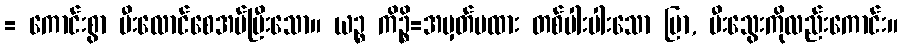
= ကောင်းစွာ မီးလောင်စေအပ်ပြီးသော။ ယဉ္စ ကိဉ္စိ=အမှတ်မထား တစ်ပါးပါးသော ပြာ, မီးသွေးကိုလည်းကောင်း။